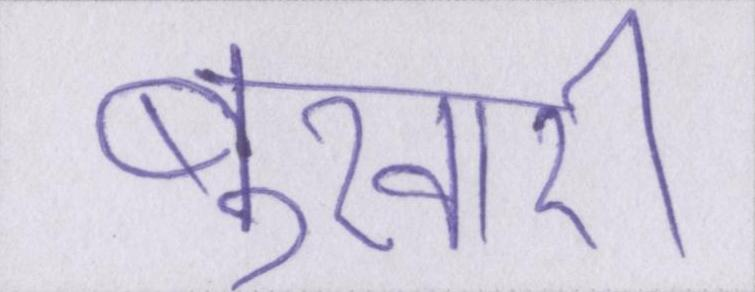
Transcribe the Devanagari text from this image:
बुखारी